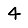
Digit: 4